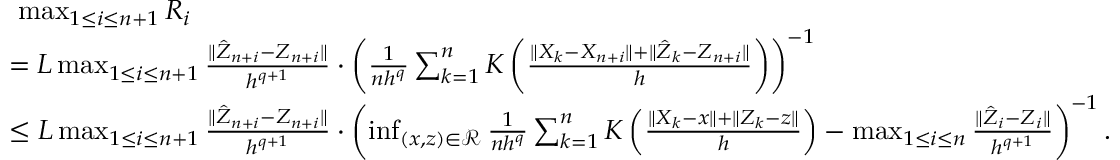
\begin{array} { r l } { \ } & { \ \operatorname* { m a x } _ { 1 \leq i \leq n + 1 } R _ { i } } \\ & { = L \operatorname* { m a x } _ { 1 \leq i \leq n + 1 } \frac { \| \hat { Z } _ { n + i } - Z _ { n + i } \| } { h ^ { q + 1 } } \cdot \left( \frac { 1 } { n h ^ { q } } \sum _ { k = 1 } ^ { n } K \left( \frac { \| X _ { k } - X _ { n + i } \| + \| \hat { Z } _ { k } - Z _ { n + i } \| } { h } \right) \right) ^ { - 1 } } \\ & { \leq L \operatorname* { m a x } _ { 1 \leq i \leq n + 1 } \frac { \| \hat { Z } _ { n + i } - Z _ { n + i } \| } { h ^ { q + 1 } } \cdot \left( \operatorname* { i n f } _ { ( x , z ) \in \mathcal { R } } \frac { 1 } { n h ^ { q } } \sum _ { k = 1 } ^ { n } K \left( \frac { \| X _ { k } - x \| + \| Z _ { k } - z \| } { h } \right) - \operatorname* { m a x } _ { 1 \leq i \leq n } \frac { \| \hat { Z } _ { i } - Z _ { i } \| } { h ^ { q + 1 } } \right) ^ { - 1 } . } \end{array}